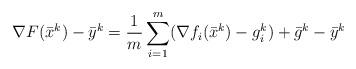
LaTeX: \begin{align*}\nabla F(\bar{x}^k)-\bar{y}^k =\frac{1}{m}\sum_{i=1}^m(\nabla f_i(\bar x^k)-g_i^k)+\bar{g}^k-\bar{y}^k\end{align*}